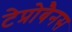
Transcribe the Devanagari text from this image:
टेप्रोबैनस